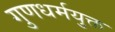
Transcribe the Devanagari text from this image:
गुणधर्मयुक्त